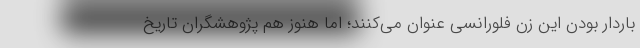
باردار بودن این زن فلورانسی عنوان می‌کنند؛ اما هنوز هم پژوهشگران تاریخ